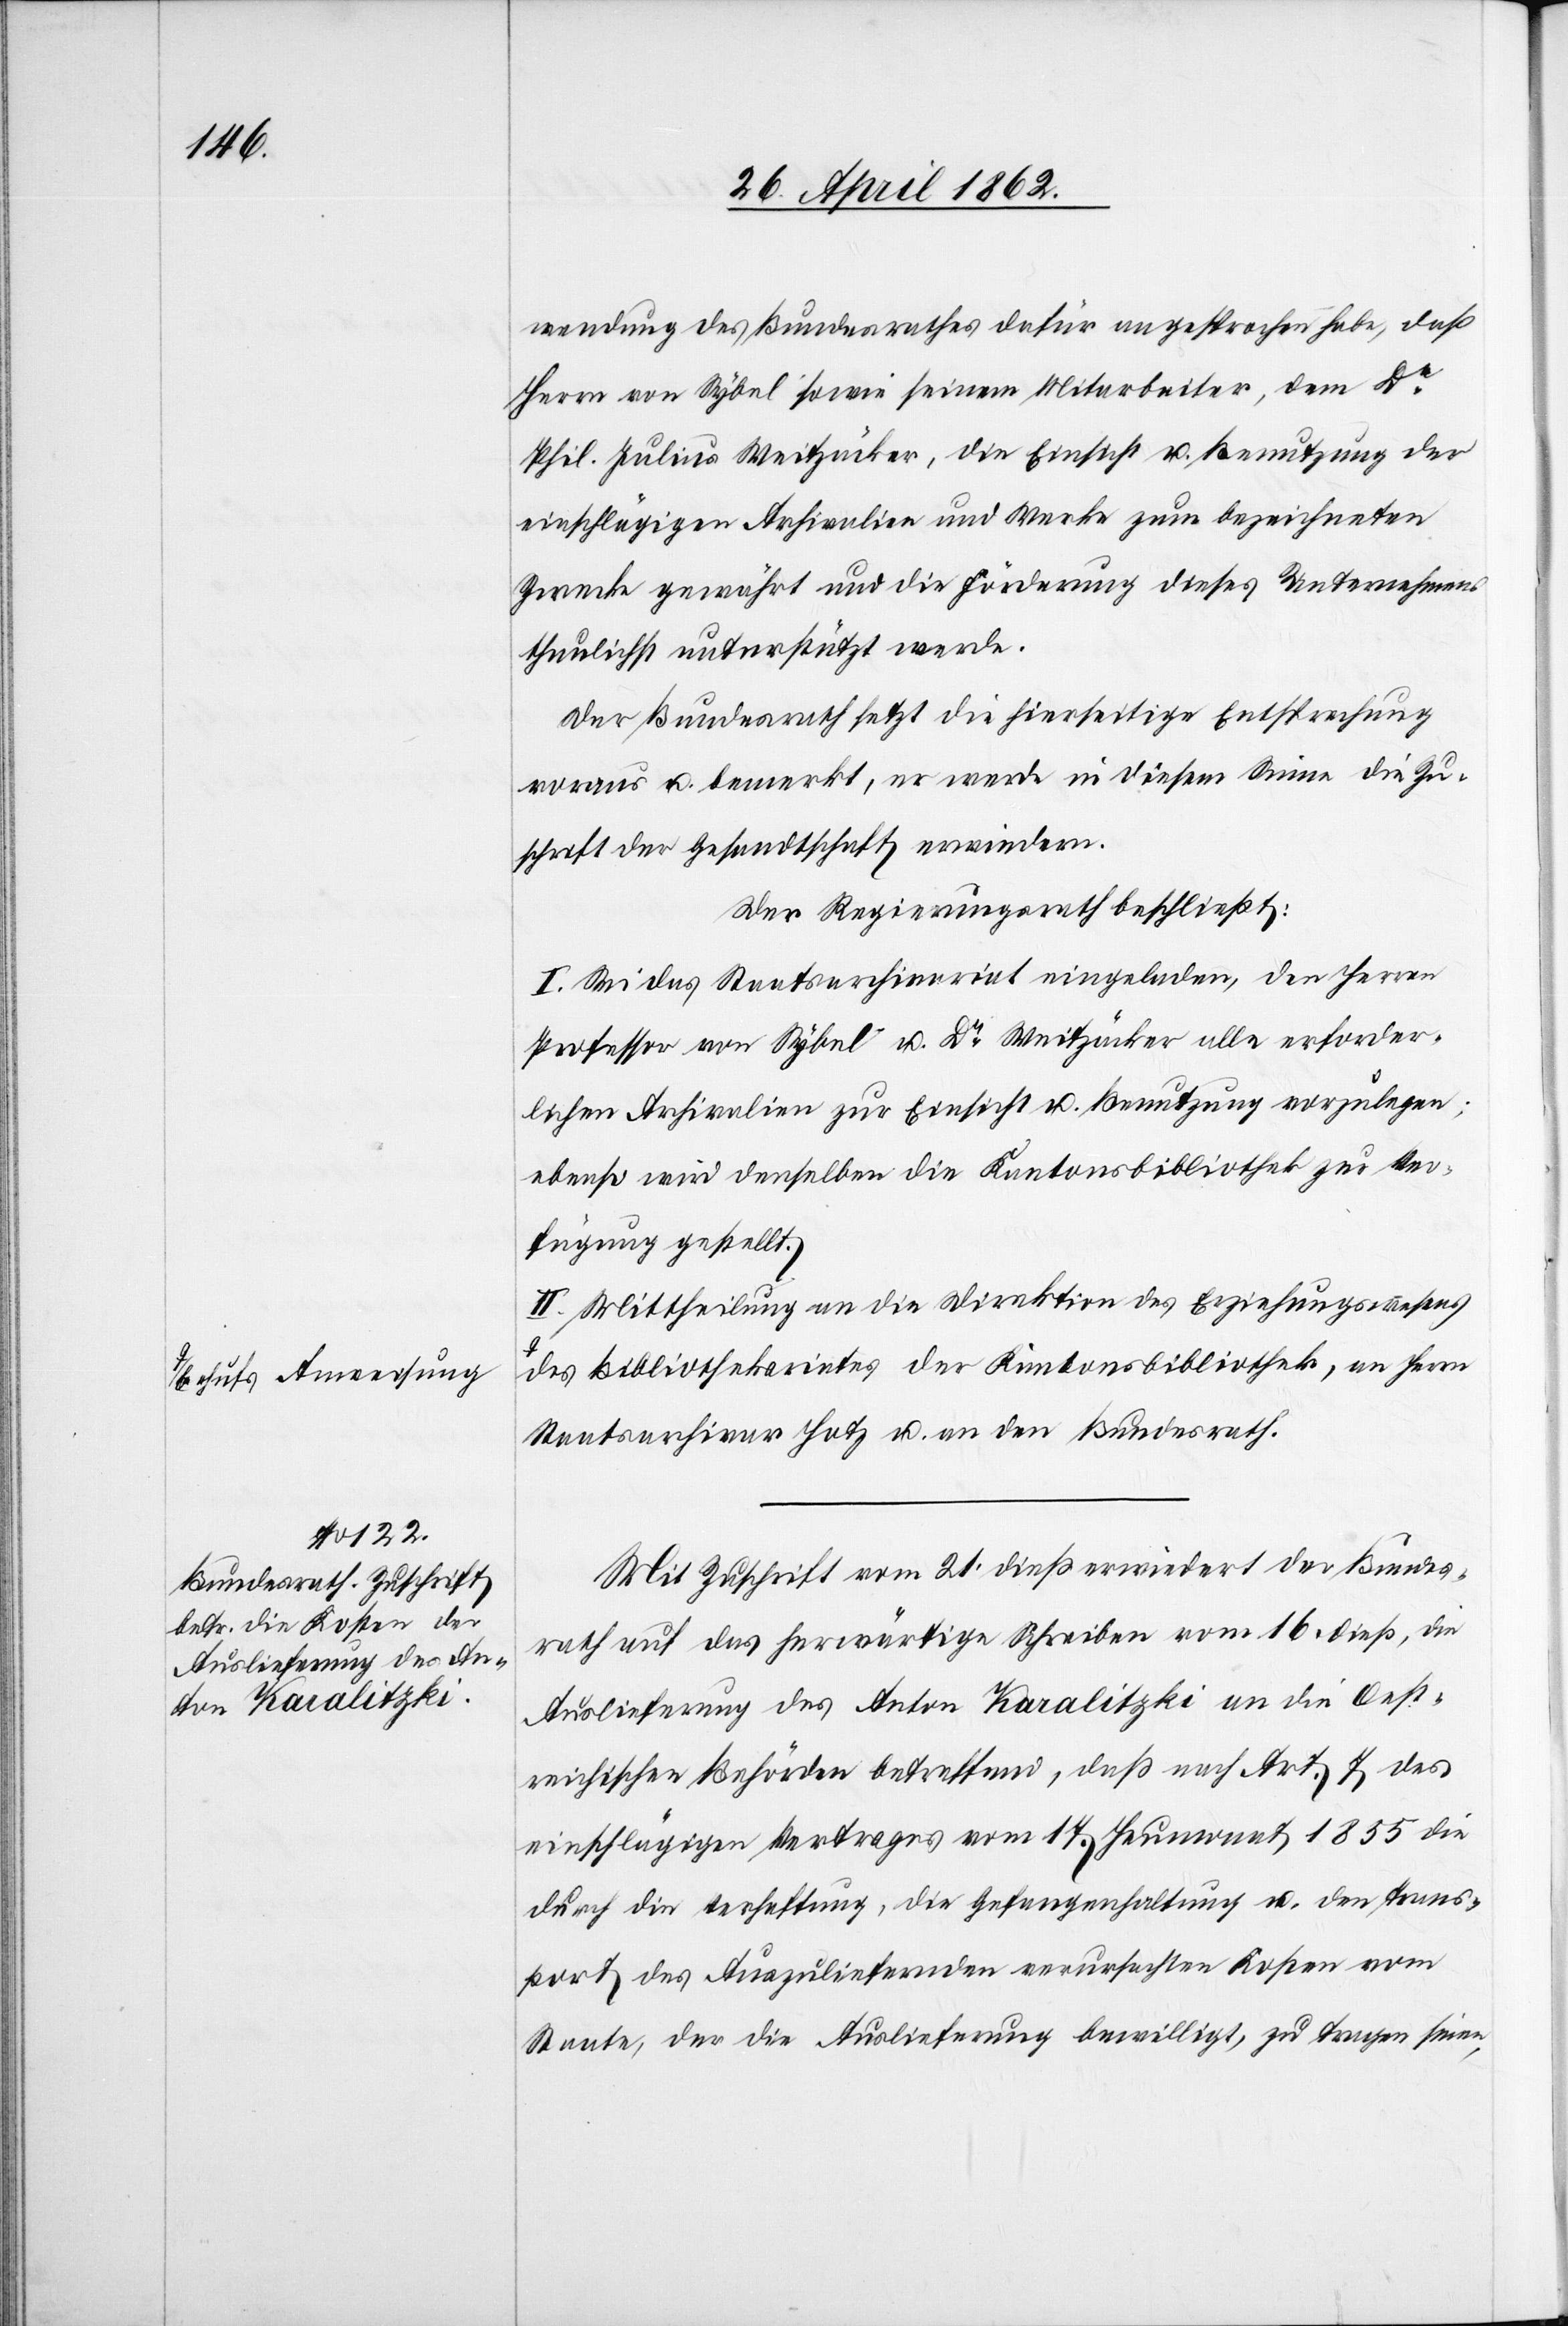
a-behufs Anweisung-a

wendung des Bundesrathes dafür angesprochen habe, daß
Herrn von Sybel sowie seinem Mitarbeiter, dem Dr.
Phil. Julius Weitzäcker, die Einsicht u. Benutzung der
einschlägigen Archivalien und Werke zum bezeichneten
Zwecke gewährt und die Förderung dieses Unternehmens
thunlichst unterstützt werde.
Der Bundesrath setzt die hierseitige Entsprechung
voraus u. bemerkt, er werde in diesem Sinne die Zu¬
schrift der Gesandtschaft erwiedern.
Der Regierungsrath beschließt:
I. Sei das Staatsarchivariat eingeladen, den Herren
Professor von Sybel u. Dr. Weitzäcker alle erforder¬
lichen Archivalien zur Einsicht u. Benutzung vorzulegen;
ebenso wird denselben die Kantonsbibliothek zur Ver¬
fügung gestellt.
II. Mittheilung an die Direktion des Erziehungswesens
des Bibliothekariates der Kantonsschulbilbiothek, an Herrn
Staatsarchivar Hotz u. an den Bundesrath.
Mit Zuschrift vom 21. dieß erwiedert der Bundes¬
rath auf das herwärtige Schreiben vom 16. dieß, die
Auslieferung des Anton Karalitzki an die Oest¬
reichischen Behörden betreffend, daß nach Art. 7 des
einschlägigen Vertrages vom 17. Heumonat 1855 die
durch die Verhaftung, die Gefangenhaltung u. den Trans¬
port des Auszuliefernden verursachten Kosten vom
Staate, der die Auslieferung bewilligt, zu tragen seien,